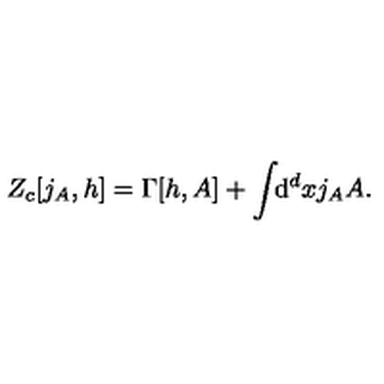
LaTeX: Z _ { c } [ j _ { A } , h ] = \Gamma [ h , A ] + \int \! \! \mathrm { d } ^ { d } x j _ { A } A .